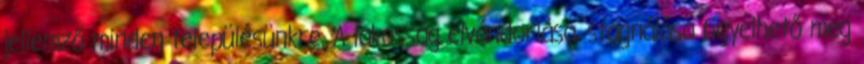
jellemző minden településünkre. A lakosság elvándorlása, stagnálása figyelhető meg